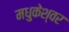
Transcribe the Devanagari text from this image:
मधुकेश्वर